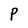
Character: P